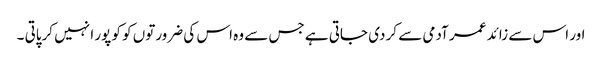
اور اس سے زائد عمر آدمی سے کر دی جاتی ہے جس سے وہ اس کی ضرورتوں کو کو پور ا نہیں کرپاتی ۔